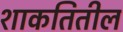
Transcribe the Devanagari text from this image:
शाकतितील